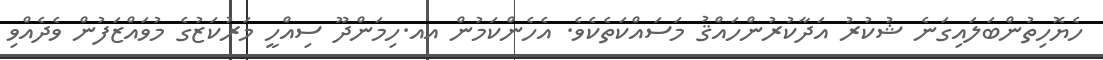
ހެޔޮހިތުންބަލައިގަނެ ޝުކުރު އަދާކުރުންހައްޤު މަސައްކަތެކެވެ. އެހެންކަމުން އއ.ހިމަންދޫ ސިއްހީ މަރުކަޒުގެ މުވައްޒަފުން ވެދެއްވި